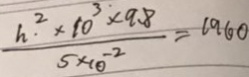
\frac { h ^ { 2 } \times 1 0 ^ { 3 } \times 9 . 8 } { 5 \times 1 0 ^ { - 2 } } = 1 9 6 0